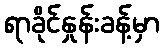
ရာခိုင်နှုန်းခန့်မှာ